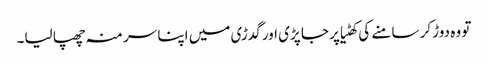
تو وہ دوڑ کر سامنے کی کھٹیا پر جا پڑی اور گدڑی میں اپنا سر منہ چھپا لیا۔